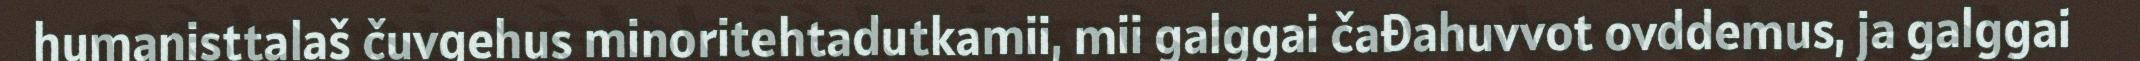
humanisttalaš čuvgehus minoritehtadutkamii, mii galggai čađahuvvot ovddemus, ja galggai